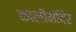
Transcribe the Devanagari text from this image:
कालीमंदिर